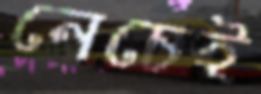
নেচেই